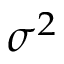
\sigma ^ { 2 }